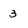
Character: 3